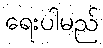
ရေးပါမည်